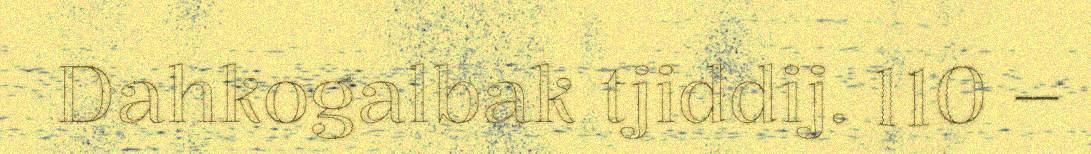
Dahkogalbak tjiddij. 110 –